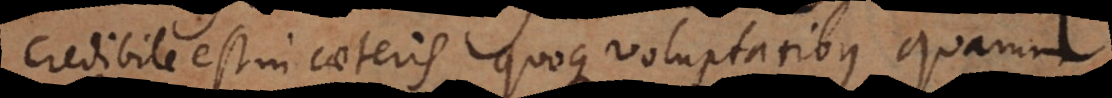
credibile est in caeteris quoque voluptatibus quarum